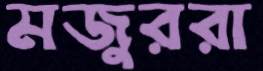
মজুররা